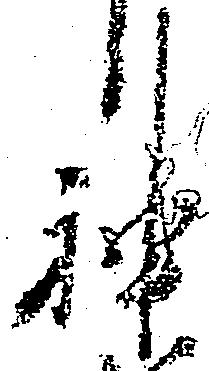
神